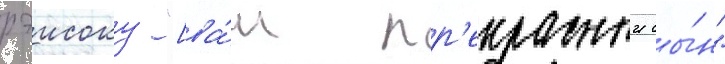
рэисоку "[ва́ш пр'екрасныи сы́н"